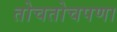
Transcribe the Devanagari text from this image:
तोचतोचपणा